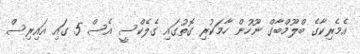
އެމެރިކާގެ ބްލޫމްބާގް ނޫހުން ހާމަކުރި ގޮތުގައި ގެލެކްސީ އެސް 5 ގައި އައިރިސް